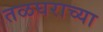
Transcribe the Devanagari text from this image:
तळघराच्या